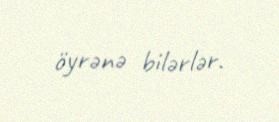
öyrənə bilərlər.